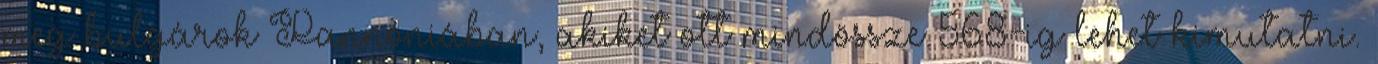
meg bulgárok Pannóniában, akiket ott mindössze 568-ig lehet kimutatni.